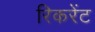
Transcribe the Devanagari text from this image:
रिकरेंट